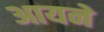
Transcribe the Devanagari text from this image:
आयने